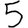
Digit: 5